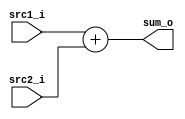
//Subject:     CO project 3
//--------------------------------------------
//Student: 0411276 Chen Yi An
//Student: 0413335 Kuo Yi Lin
//--------------------------------------------

module Adder(
    src1_i,
	src2_i,
	sum_o
	);
     
//I/O ports
input  [32-1:0]  src1_i;
input  [32-1:0]	 src2_i;
output [32-1:0]	 sum_o;

//Internal Signals
wire    [32-1:0]	 sum_o;

//Parameter
    
//Main function
assign sum_o = src1_i + src2_i;
endmodule